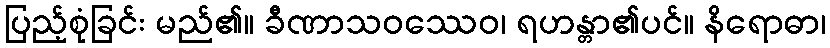
ပြည့်စုံခြင်း မည်၏။ ခီဏာသဝဿေဝ၊ ရဟန္တာ၏ပင်။ နိရောဓာ၊